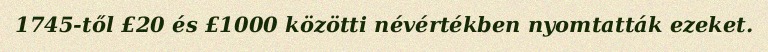
1745-től £20 és £1000 közötti névértékben nyomtatták ezeket.